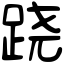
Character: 跷